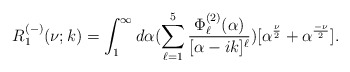
\begin{align*}R^{(-)}_1(\nu;k)=\int_{1}^{\infty}d\alpha(\sum_{\ell=1}^{5}\frac{\Phi^{(2)}_{\ell}(\alpha)}{[\alpha-ik]^{\ell}})[\alpha^{\frac{\nu}{2}}+\alpha^{\frac{-\nu}{2}}].\end{align*}